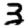
Digit: 3